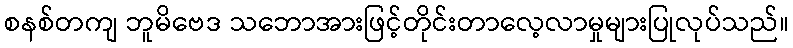
စနစ်တကျ ဘူမိဗေဒ သဘောအားဖြင့်တိုင်းတာလေ့လာမှုများပြုလုပ်သည်။